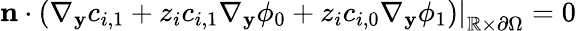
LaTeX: \left.\mathbf{n}\cdot\left(\nabla_{\mathbf{y}}c_{i,1}+z_{i}c_{i,1}\nabla_{\mathbf{y}}\phi_{0}+z_{i}c_{i,0}\nabla_{\mathbf{y}}\phi_{1}\right)\right|_{\mathbb{R}\times\partial\Omega}=0